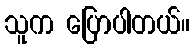
သူက ပြောပါတယ်။